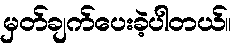
မှတ်ချက်ပေးခဲ့ပါတယ်။